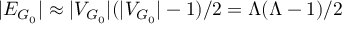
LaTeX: | E _ { G _ { 0 } } | \approx | V _ { G _ { 0 } } | ( | V _ { G _ { 0 } } | - 1 ) / 2 = \Lambda ( \Lambda - 1 ) / 2